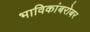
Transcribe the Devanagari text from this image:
भाविकांबरोबर